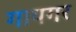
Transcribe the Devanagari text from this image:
गायगर